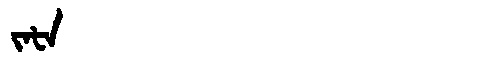
Manchu: ᠵᠠᡶᠠ
Romanization: JAFA